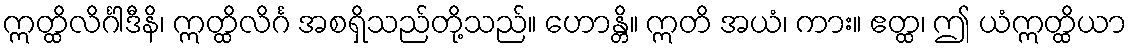
ဣတ္ထိလိင်္ဂါဒီနိ၊ ဣတ္ထိလိင်္ဂ အစရှိသည်တို့သည်။ ဟောန္တိ။ ဣတိ အယံ၊ ကား။ ဧတ္ထ၊ ဤ ယံဣတ္ထိယာ